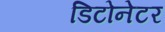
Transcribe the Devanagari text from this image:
डिटोनेटर